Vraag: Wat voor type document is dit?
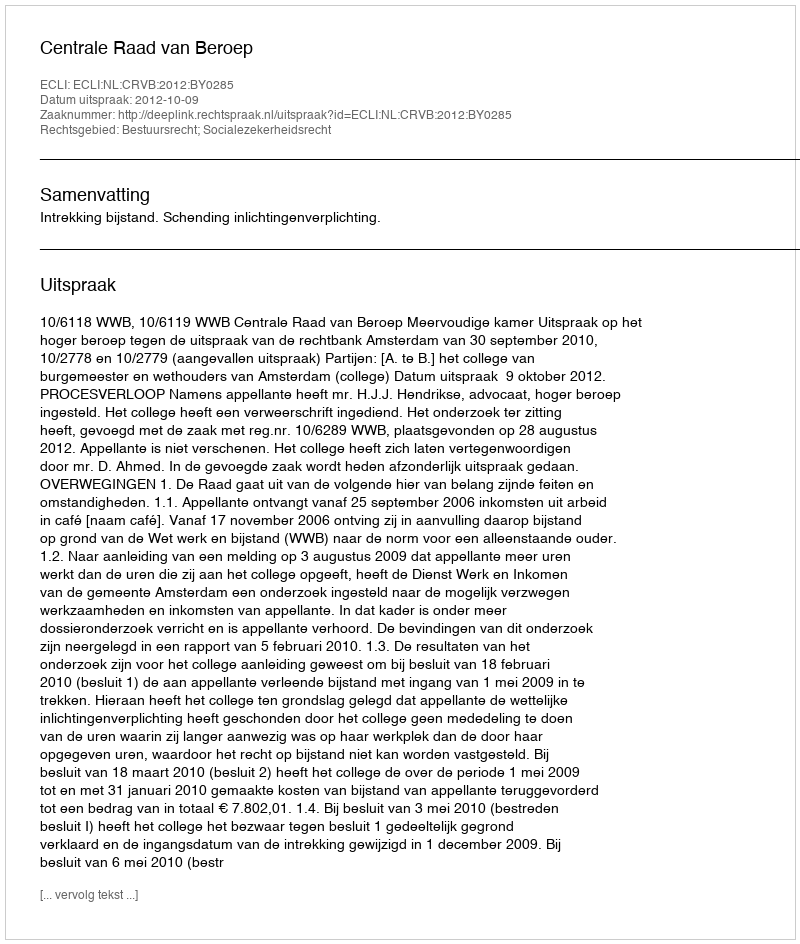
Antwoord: Uitspraak